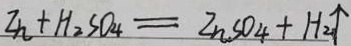
Z n + H _ { 2 } S O _ { 4 } = Z n S O _ { 4 } + H _ { 2 } \uparrow